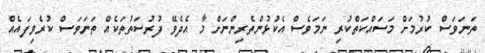
ތަނަވަސް ކުރުމަށް މަސައްކަތްކުރި ނަމަވެސް އެކުޅުންތެރިންނަށް މާ އެދެވޭ ފުރުސަތުތަކެއް ތަނަވަސް ކުރެވިފައެއް